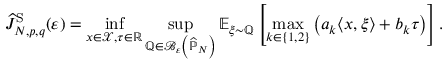
\widehat { J } _ { N , p , q } ^ { \mathrm { S } } ( \varepsilon ) = \operatorname* { i n f } _ { x \in \mathcal { X } , \tau \in \mathbb { R } } \operatorname* { s u p } _ { \mathbb { Q } \in \mathcal { B } _ { \varepsilon } \left( \widehat { \mathbb { P } } _ { N } \right) } \mathbb { E } _ { \xi \sim \mathbb { Q } } \left[ \operatorname* { m a x } _ { k \in \left\{ 1 , 2 \right\} } \left( a _ { k } \langle x , \xi \rangle + b _ { k } \tau \right) \right] .